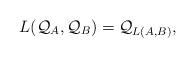
LaTeX: \begin{align*}L({\mathcal Q}_A,{\mathcal Q}_B)={\mathcal Q}_{L(A,B)},\end{align*}